Bréfritari: Margrét Daníelsdóttir
Viðtakandi: Daníel Halldórsson
Dagsetning: A-1881-04-24
Skrifað á: Höfn  N-Múl. ?
Margrét var dóttir Daníels

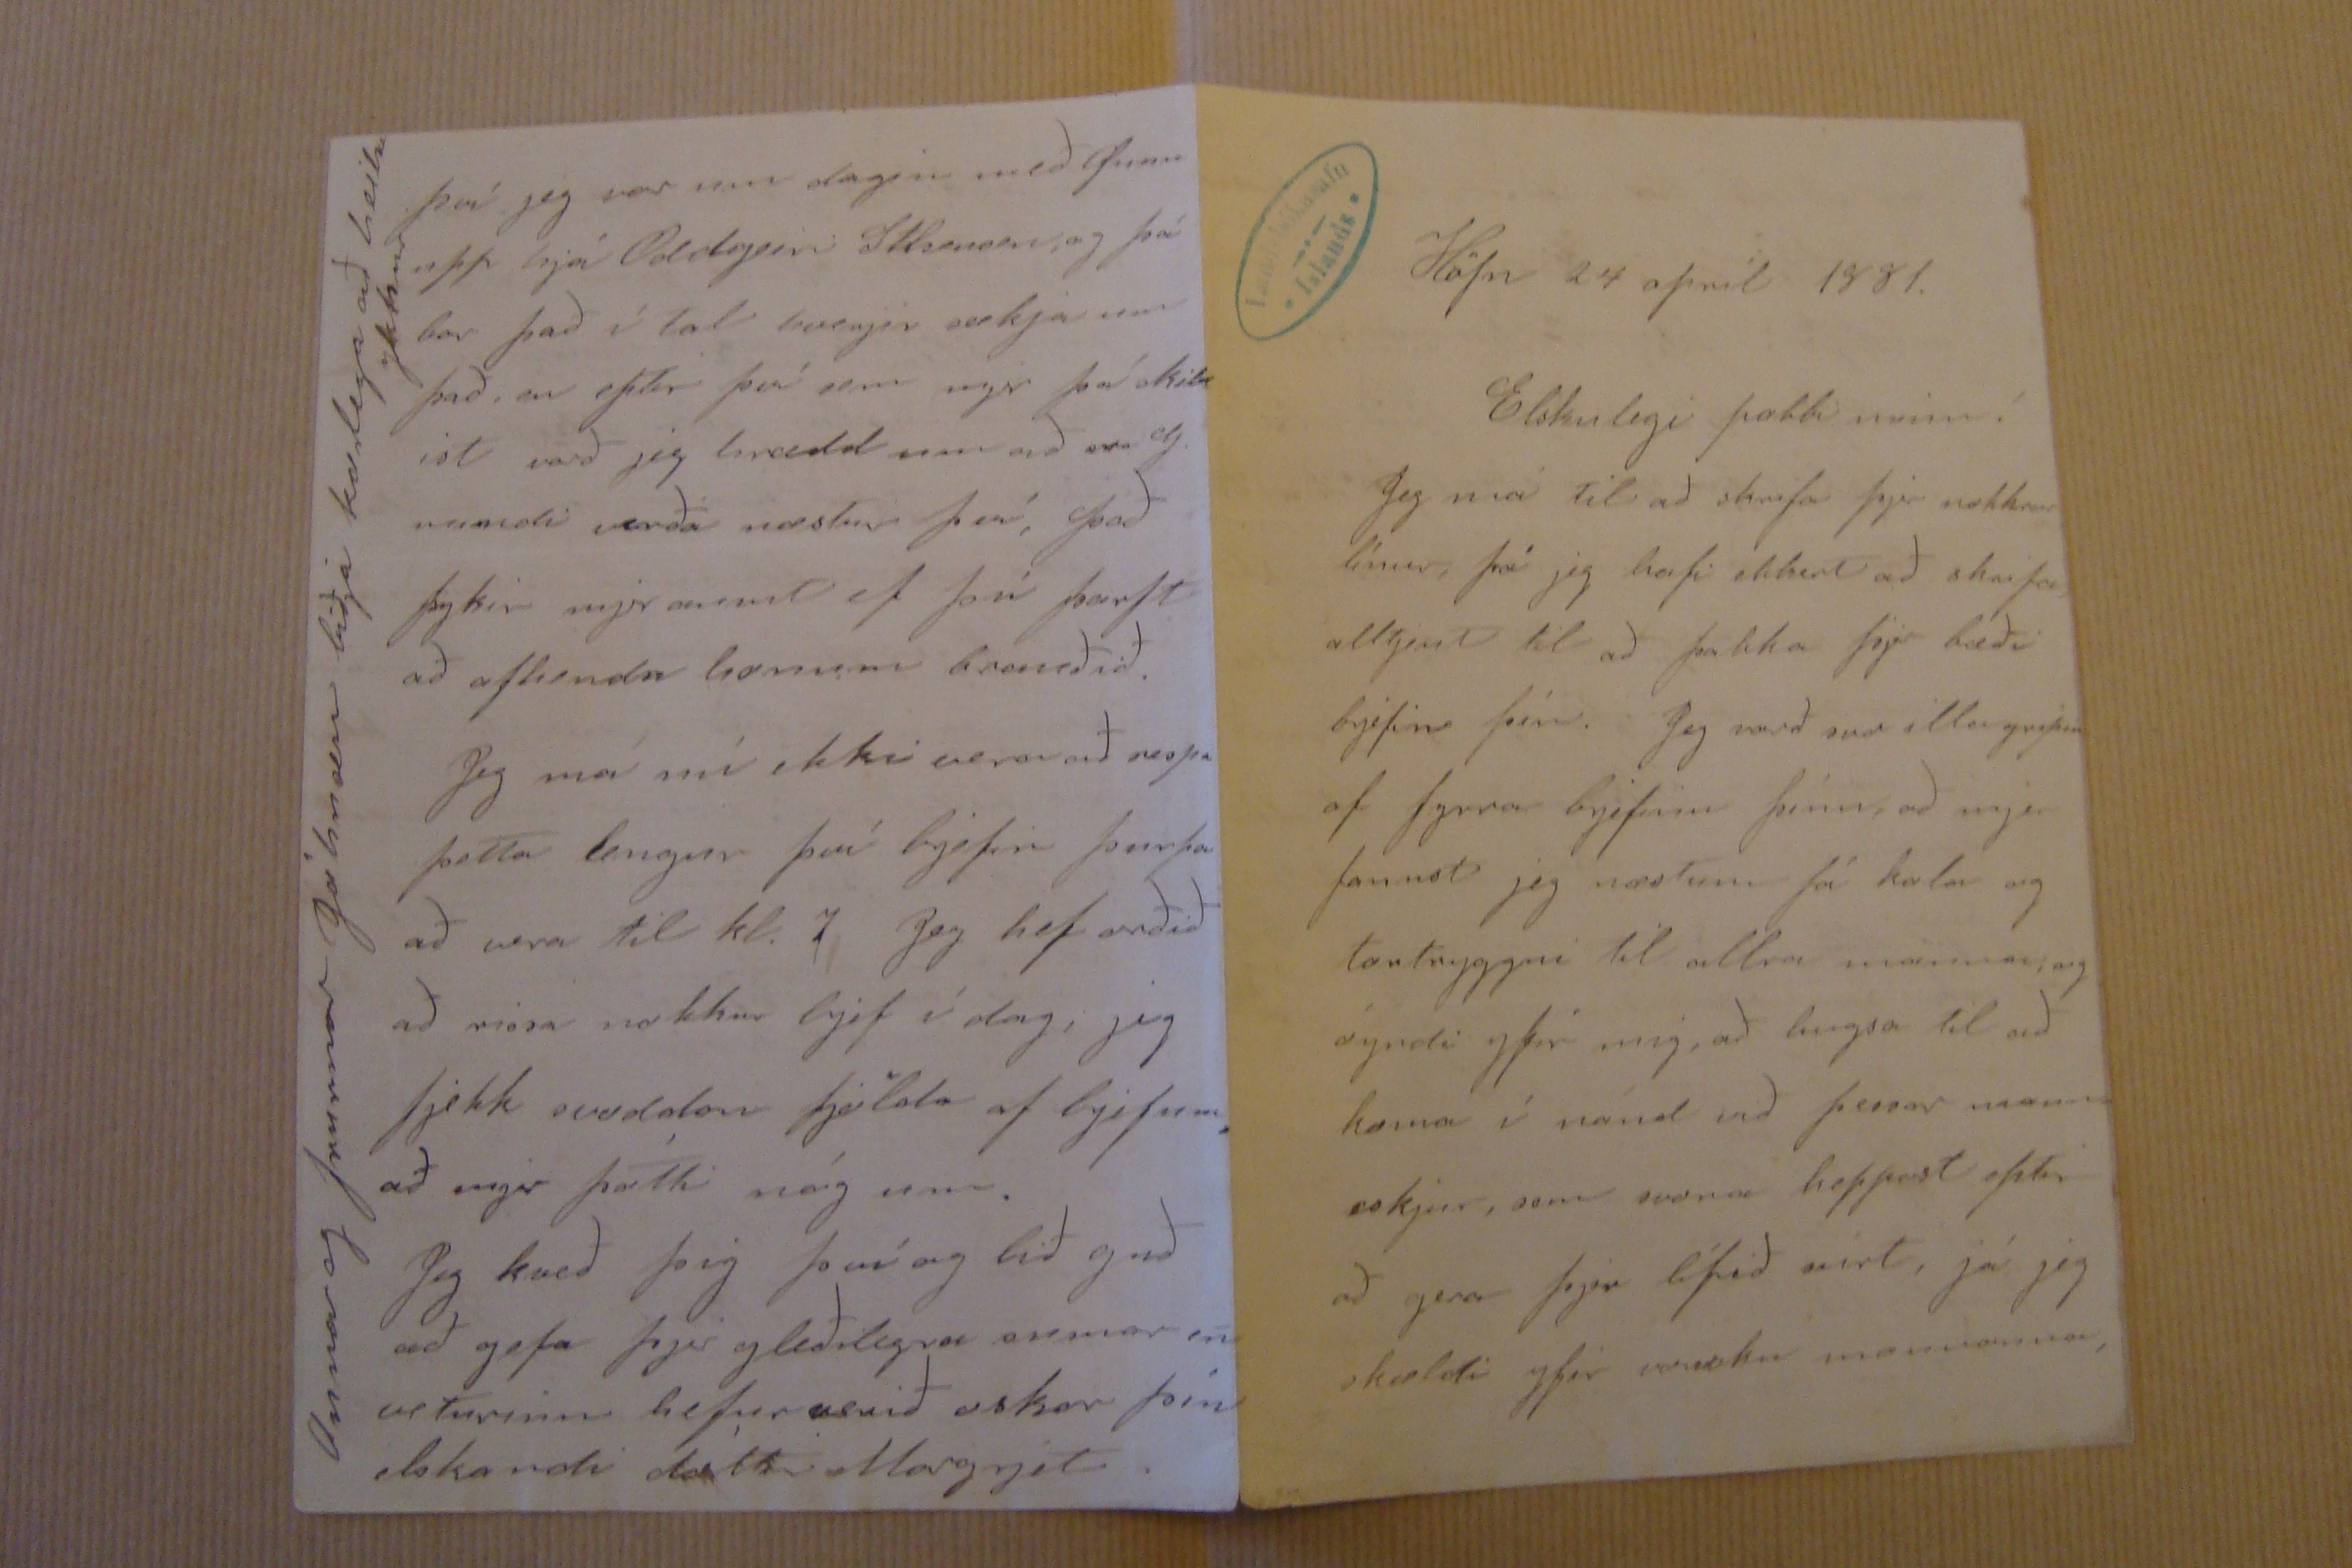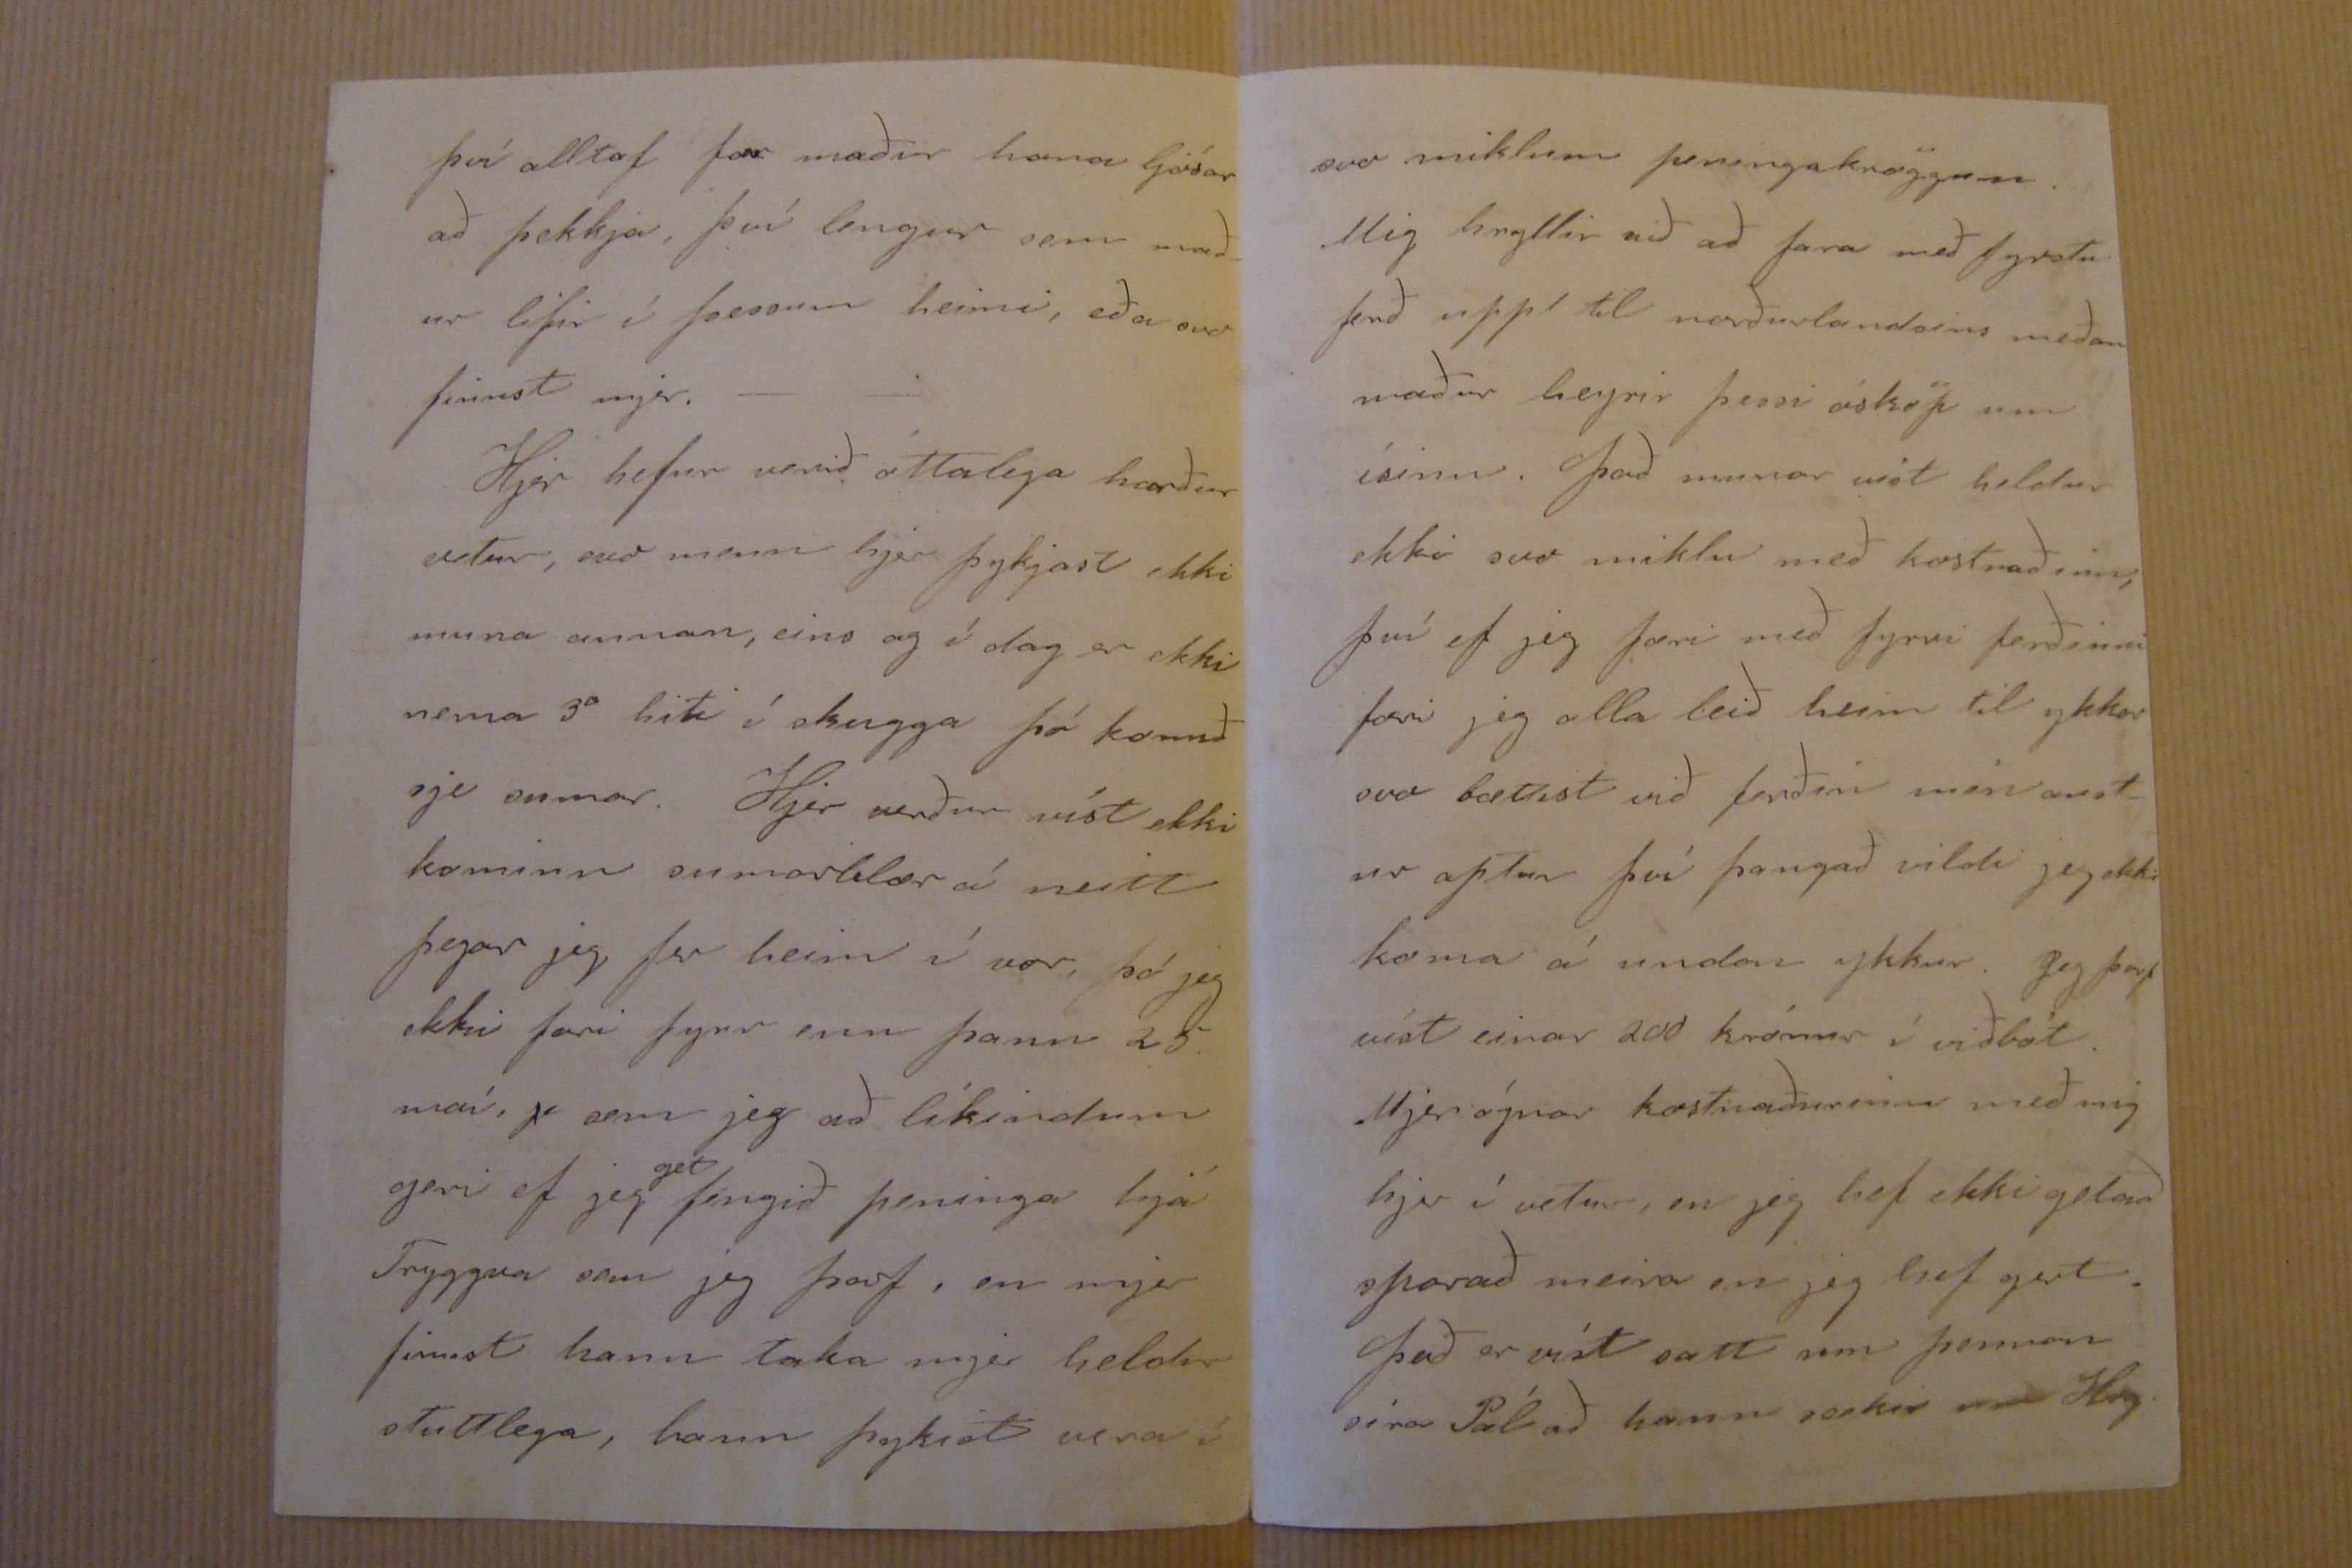

Höfn 24 apríl 1881.
Elskulegi pabbi minn!
Jeg má til að skrifa þjer nokkrar línur, þá jeg hafi ekkert að skrifa alltjent til að þakka þjer bæði brjefin þín. Jeg verð svo illa gripin af fyrra brjefinu þínu, að mjer fannst jeg næstum fá kala og tortryggni til allra manna, og óyndi yfir mig, að hugsa til að koma í nánd við þessar mann= eskjur, sem svona hoppast eptir að gera þjer lífið
rírt,
já jeg skældi yfir
000ku monnonum,
því alltaf fær maður hana ljósar að þekkja, því lengur sem mað= ur lifir í þessum heimi, eða svo finnst mjer. _ _ Hjer hefur verið óttalega harður vetur, svo menn hjer þykjast ekki muna annan, eins og í dag er ekki nema 3° hiti í skugga þó komið sje sumar. Hjer verður víst ekki kominn sumarklær á neitt þegar jeg fer heim í vor, þó jeg ekki fari fyrr enn þann 25. maí,
p
sem jeg að líkindum geri ef jeg
get
fengið peninga hjá Tryggva sem jeg þarf, en mjer finnst hann taka mjer heldur stuttlega, hann þykist vera í
svo miklum peningakröggum. Mig hryllir við að fara með fyrstu ferð upp til norðurlandsins meðan maður heyrir þessi ósköp um ísinn. Það munar víst heldur ekki svo miklu með kostnaðinn, því ef jeg færi með fyrri ferðinni færi jeg alla leið heim til ykkar svo bættist við ferðin mín aust- ur aptur því þangað vildi jeg ekki koma á undan ykkur. Jeg þarf víst einar 200 krónur í viðbót. Mjer ógnar kostnaðurinn með mig hjer í vetur, en jeg hef ekki getað sparað meira en jeg hef gert. Það er víst satt um þennan síra Pál að hann sækir
um Hrg.
því jeg var um dægin með Önnu upp hjá Oddgeiri
Stheinsen
, og þá bar það í tal hverjir sækja um það, en eptir því sem mjer þá skild ist varð jeg hrædd um að sera
J.
mundi verða næstur því, það þykir mjer aumt ef þú þarft að afhenda honum brauðið. Jeg má nú ekki vera að rispa þetta lengur því brjefin þurfa að vera til kl. 7 Jeg hef orðið að rissa nokkur brjef í dag; jeg fjekk svoddan fjölda af brjefum, að mjer þótti nóg um. Jeg kveð þig því og bið guð að gefa þjer gleðilegra sumar en veturinn hefur verið óskar þín elskandi dóttir Margrjet.
Anna og
frurnar
Jóhnesen biðja kærlega að heilsa ykkur.